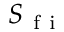
S _ { \mathrm { ~ f ~ i ~ } }